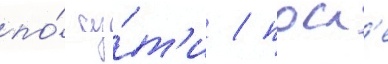
по́ су́т'и / посл'е